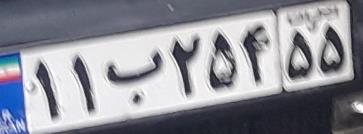
۱۱ب۲۵۴۵۵